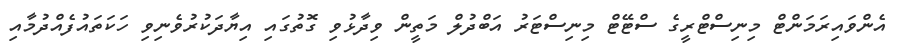
އެންވައިރަމަންޓް މިނިސްޓްރީގެ ސްޓޭޓް މިނިސްޓަރު އަބްދުލް މަތީން ވިދާޅުވި ގޮތުގައި އިޔާދަކުރުވެނިވި ހަކަތައުފެއްދުމާއި